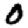
Digit: 0